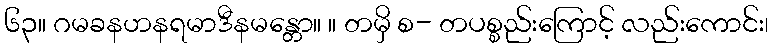
၆၃။ ဂမခနဟနရမာဒီနမန္တော။ ။ တမှိ စ- တပစ္စည်းကြောင့် လည်းကောင်း၊